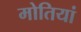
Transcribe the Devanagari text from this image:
मोतियां